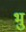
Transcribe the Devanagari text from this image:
भु